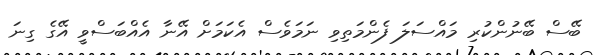
ބޭސް ބޭނުންކުރި މައްސަލަ ފެންމަތިވި ނަމަވެސް އެކަމަށް އޭނާ އެއްބަސްވީ އޭގެ ގިނަ